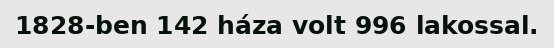
1828-ben 142 háza volt 996 lakossal.